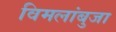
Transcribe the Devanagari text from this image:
विमलांबुजा